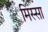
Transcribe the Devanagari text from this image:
मिस्सा